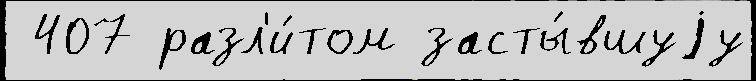
 407 разл'и́том засты́вшуjу